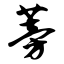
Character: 蒡